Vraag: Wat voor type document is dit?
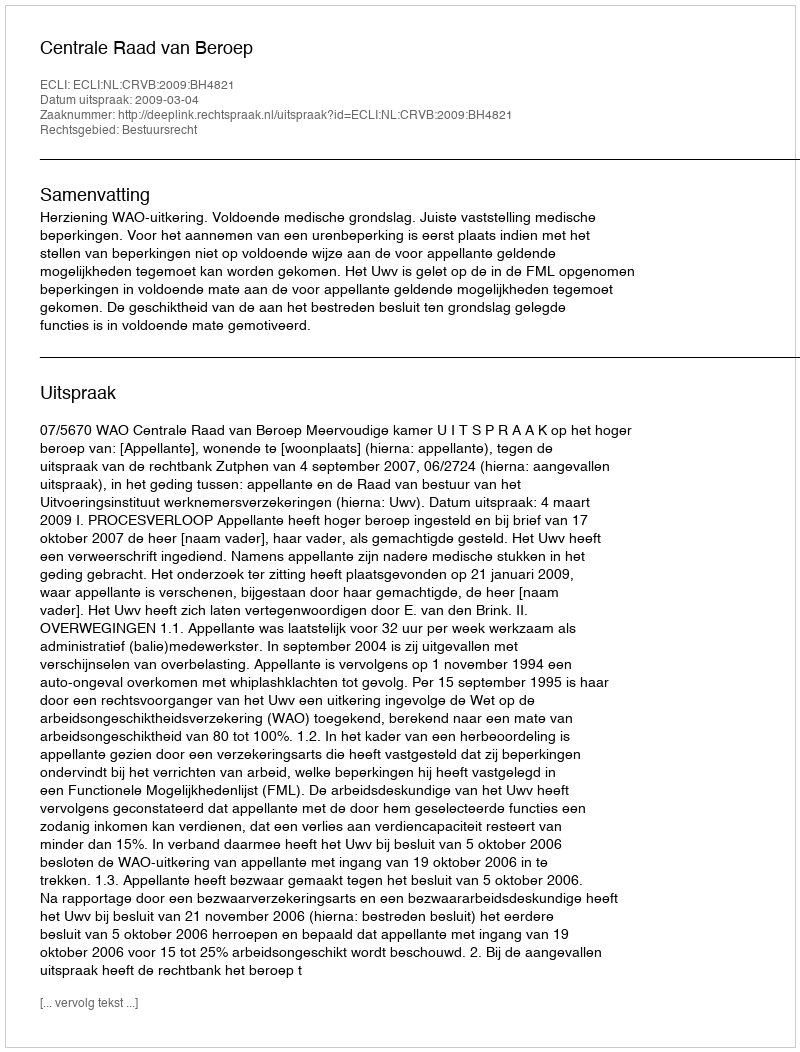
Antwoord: Uitspraak